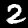
Label: 2